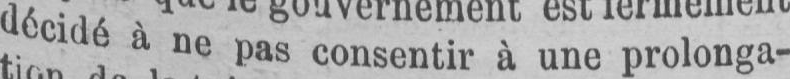
décidé à ne pas consentir à une prolonga-